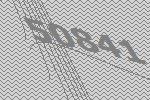
50841